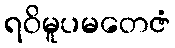
ရဝိမူပမတေဇံ